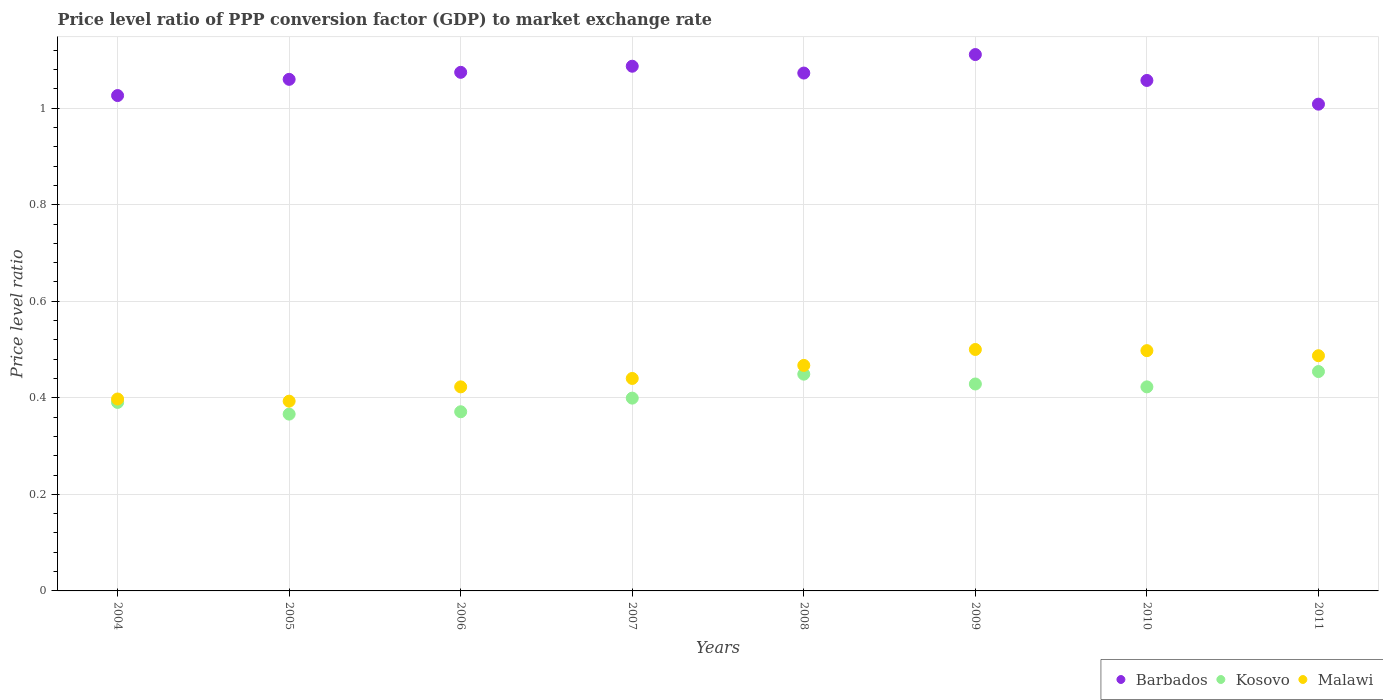
| Years | Barbados | Kosovo | Malawi |
 | --- | --- | --- | --- |
 | 2004 | 1.03 | 0.391 | 0.398 |
 | 2005 | 1.06 | 0.366 | 0.393 |
 | 2006 | 1.07 | 0.371 | 0.423 |
 | 2007 | 1.09 | 0.399 | 0.44 |
 | 2008 | 1.07 | 0.449 | 0.467 |
 | 2009 | 1.11 | 0.429 | 0.5 |
 | 2010 | 1.06 | 0.423 | 0.498 |
 | 2011 | 1.01 | 0.454 | 0.487 |